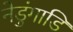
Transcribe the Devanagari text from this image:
नेडुंगाडि